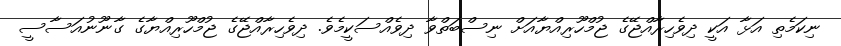
ނިކަމެތި އަޅާ އަކީ ދިވެހިރާއްޖޭގެ ޖުމްހޫރިއްޔާއަށް ނިސްބަތްވާ ދިވެއްސަކީމެވެ. ދިވެހިރާއްޖޭގެ ޖުމްހޫރިއްޔާގެ ގާނޫނުއަސާސީ